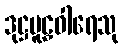
ဒုဋ္ဌမူဠှဝါရေသု